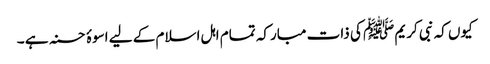
کیوں کہ نبی کریم ﷺ کی ذات مبارکہ تمام اہل اسلام کے لیے اسوۂ حسنہ ہے ۔